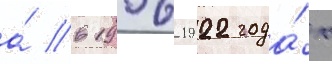
а́ в 1906-1922 года́х